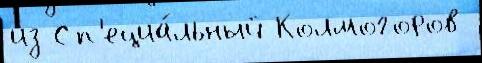
из Сп'ециа́льный Колмогоров